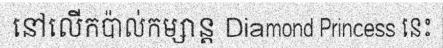
នៅលើកប៉ាល់កម្សាន្ត Diamond Princess នេះ